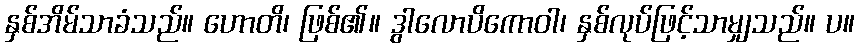
နှစ်အိမ်သာခံသည်။ ဟောတိ၊ ဖြစ်၏။ ဒွါလောပိကောဝါ၊ နှစ်လုပ်ဖြင့်သာမျှသည်။ ပ။